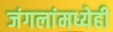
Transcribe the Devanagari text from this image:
जंगलांमध्येही